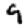
Digit: 9